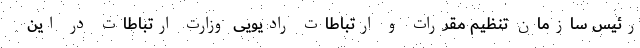
رئیس سازمان تنظیم مقررات و ارتباطات رادیویی وزارت ارتباطات در این